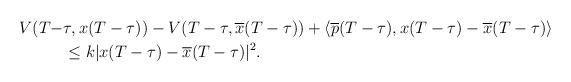
LaTeX: \begin{align*}V(T-&\tau, x(T-\tau))- V(T-\tau, \overline{x}(T-\tau))+\langle \overline{p}(T-\tau), x(T-\tau)-\overline{x}(T-\tau) \rangle \\&\leq k |x(T-\tau)-\overline{x}(T-\tau)|^2.\end{align*}